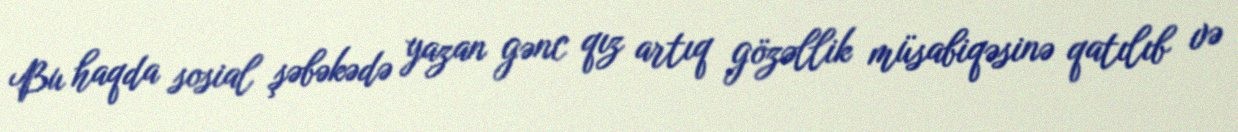
Bu haqda sosial şəbəkədə yazan gənc qız artıq gözəllik müsabiqəsinə qatılıb və